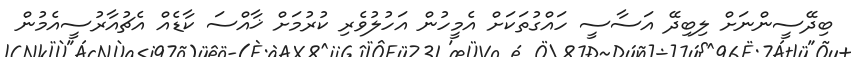
ބިދޭސީންނަށް ލިބިދޭ އަސާސީ ހައްގުތަކަށް އެމީހުން އަހުލުވެރި ކުރުމަށް ޚާއްސަ ކާޑެއް އެޗުއާރުސީއެމުން